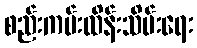
စည်းကမ်းထိန်းသိမ်းရေး